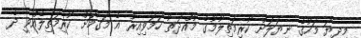
މިދިޔަ މަހުގެ ނިޔަލަށް ކުރިމަތިލުމުގެ މުއްދަތު ހަމަވިއިރު އެ މަގާމަށް ކުރިމަތިލެއްވީ ދެ